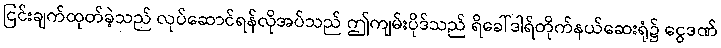
ငြင်းချက်ထုတ်ခဲ့သည် လုပ်ဆောင်ရန်လိုအပ်သည် ဤကျမ်းပိုဒ်သည် ရိခေါ်ဒါရ်တိုက်နယ်ဆေးရုံ၌ ငွေဒဏ်